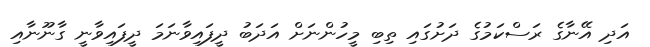
އަދި އޭނާގެ ރަސްކަމުގެ ދަށުގައި ތިބި މީހުންނަށް އަދަބު ދީފައިވާނަމަ ދީފައިވާނީ ގާނޫނާއި